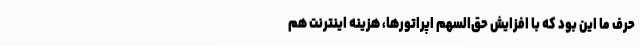
حرف ما این بود که با افزایش حق‌السهم اپراتورها، هزینه اینترنت هم